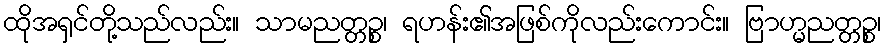
ထိုအရှင်တို့သည်လည်း။ သာမညတ္တဉ္စ၊ ရဟန်း၏အဖြစ်ကိုလည်းကောင်း။ ဗြာဟ္မညတ္တဉ္စ၊